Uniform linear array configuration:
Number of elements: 8
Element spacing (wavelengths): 0.5
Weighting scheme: binomial
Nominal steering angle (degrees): -30
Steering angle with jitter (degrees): -28.939
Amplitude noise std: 0.05
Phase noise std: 0.05

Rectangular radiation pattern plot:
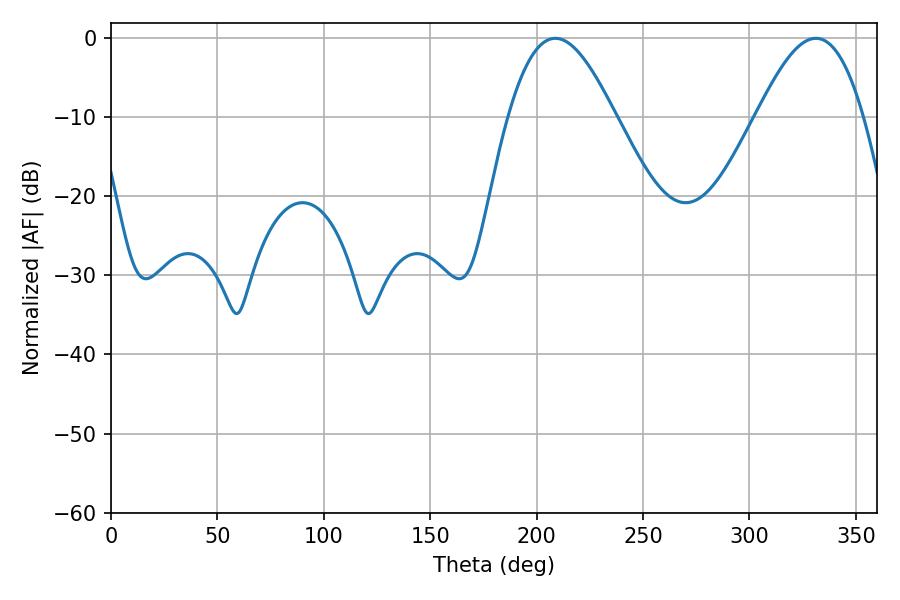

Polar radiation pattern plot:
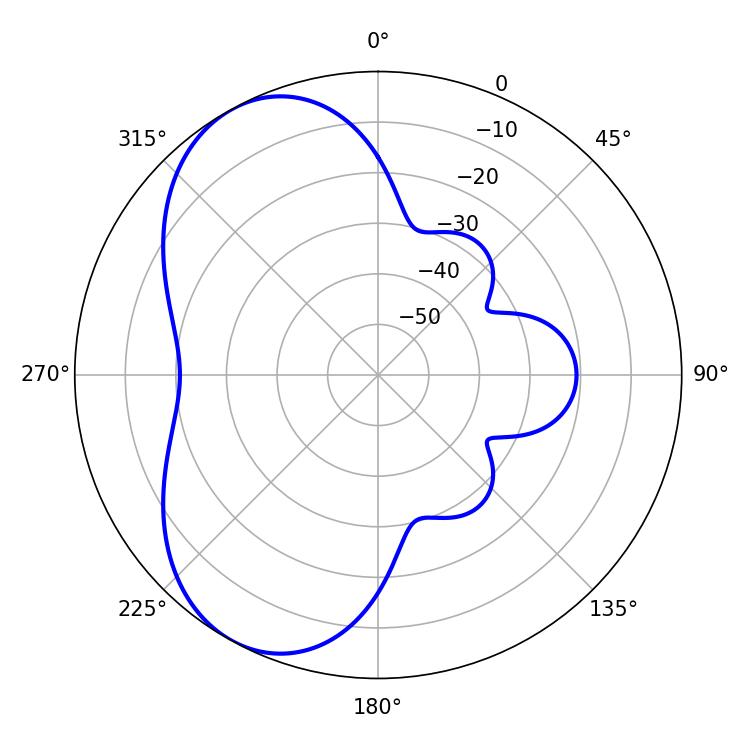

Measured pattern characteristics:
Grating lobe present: FALSE
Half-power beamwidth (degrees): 27
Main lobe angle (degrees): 208.8